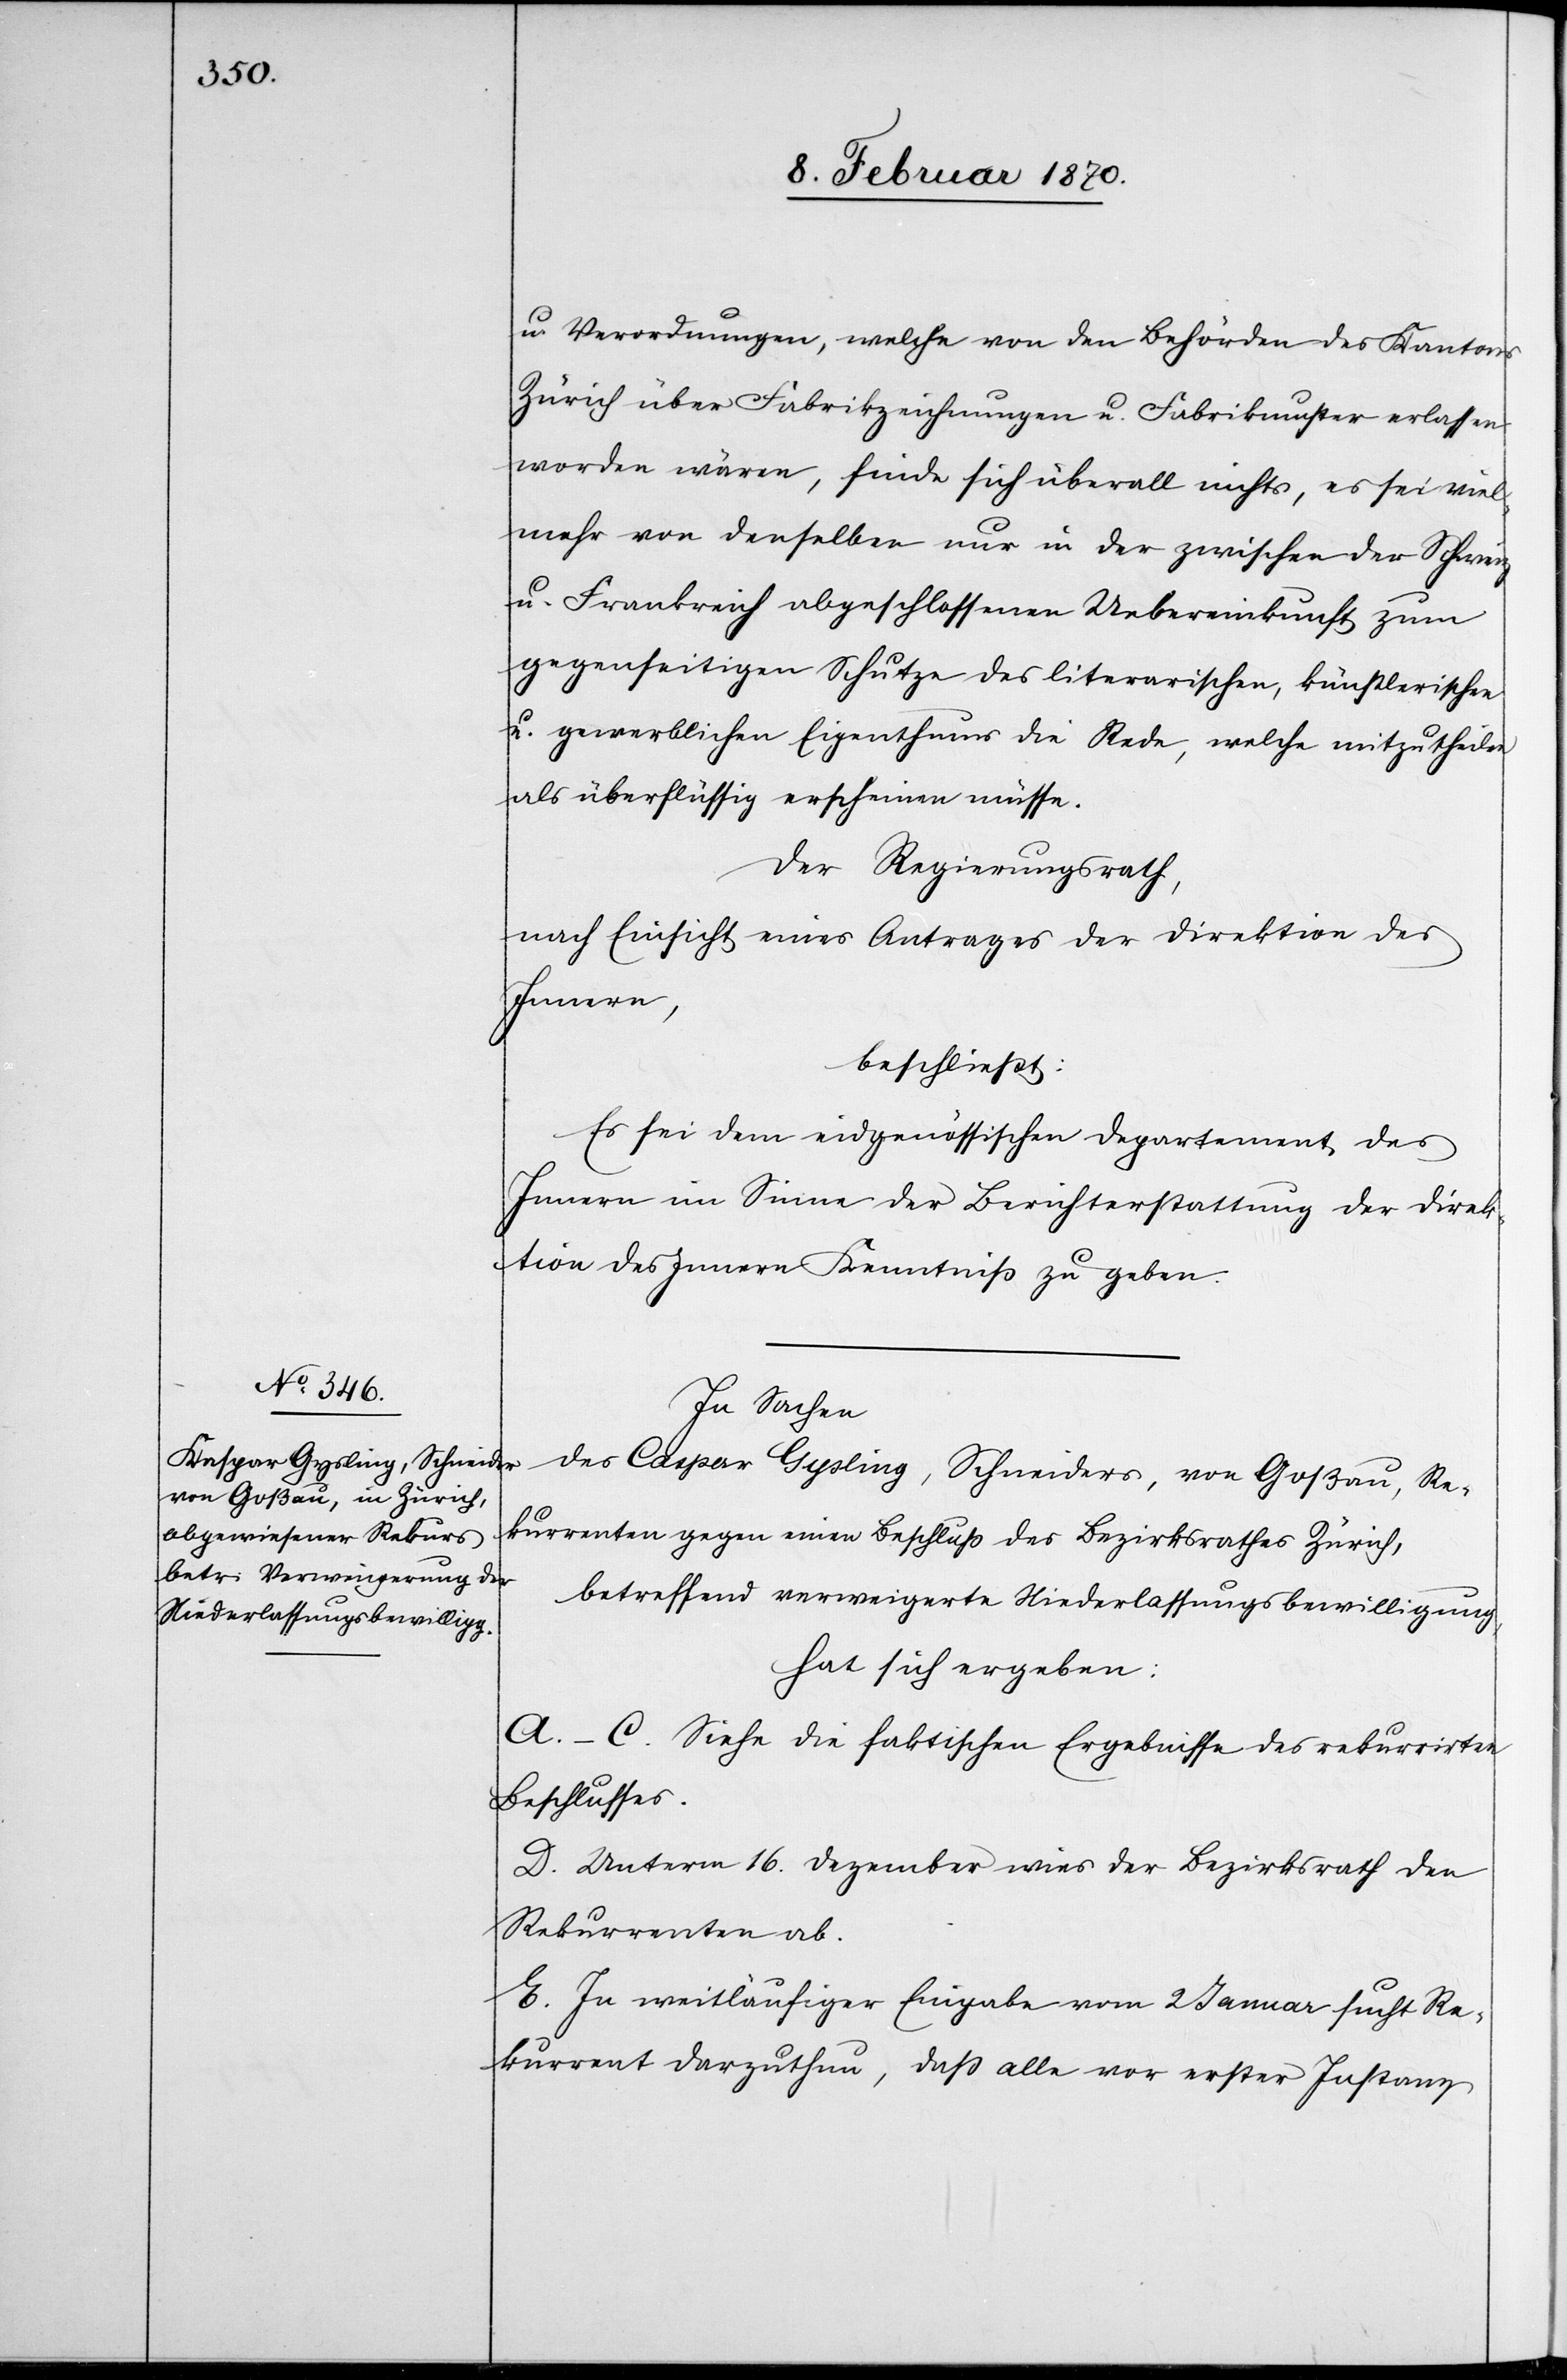
u. Verordnungen, welche von den Behörden des Kantons
Zürich über Fabrikzeichnungen u. Fabrikmuster erlassen
worden wären, finde sich überall nichts, es sei viel¬
mehr von denselben nur in der zwischen der Schweiz
u. Frankreich abgeschlossenen Uebereinkunft zum
gegenseitigen Schutze des literarischen, künstlerischen
u. gewerblichen Eigenthums die Rede, welche mitzutheilen
als überflüssig erscheinen müsse.
Der Regierungsrath,
nach Einsicht eines Antrages der Direktion des
Innern,
beschließt:
Es sei dem eidgenössischen Departement des
Innern im Sinne der Berichterstattung der Direk¬
tion des Innern Kenntniß zu geben.
In Sachen
des Caspar [sic!] Gysling, Schneiders, von Goßau, Re¬
kurrenten gegen einen Beschluss des Bezirksrathes Zürich,
betreffend verweigerte Niederlassungsbewilligung,
hat sich ergeben:
A.–C. Siehe die faktischen Ergebnisse des rekurrirten
Beschlusses.
D. Unterm 16. Dezember wies der Bezirksrath den
Rekurrenten ab.
E. In weitläufiger Eingabe vom 2 Januar sucht Re¬
kurrent darzuthun, daß alle vor erster Instanz